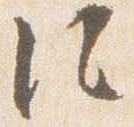
法